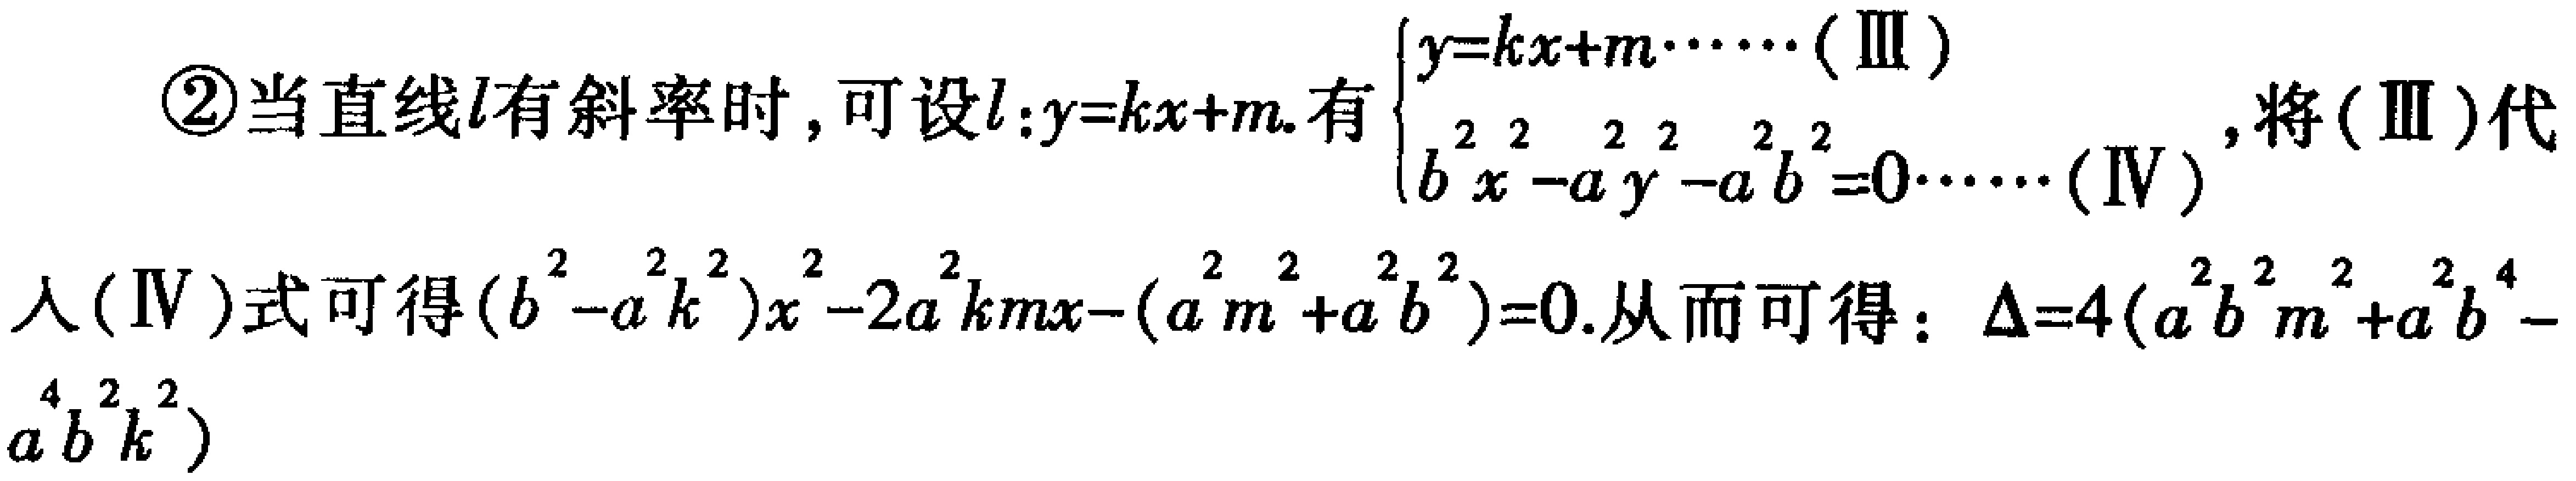
\textcircled{2}当直线\(l\)有斜率时，可设\(l:y = kx + m\). 有\(\begin{cases}y=kx + m\cdots\cdots(\text{III})\\b^{2}x^{2}-a^{2}y^{2}-a^{2}b^{2}=0\cdots\cdots(\text{IV})\end{cases}\)，将\((\text{III})\)代入\((\text{IV})\)式可得\((b^{2}-a^{2}k^{2})x^{2}-2a^{2}kmx-(a^{2}m^{2}+a^{2}b^{2}) = 0\). 从而可得：\(\Delta=4(a^{2}b^{2}m^{2}+a^{2}b^{4}-a^{4}b^{2}k^{2})\)